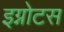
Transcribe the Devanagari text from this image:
इग्नोटस